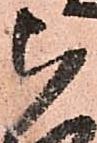
被